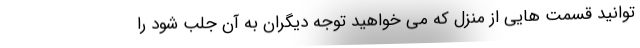
توانید قسمت هایی از منزل که می خواهید توجه دیگران به آن جلب شود را